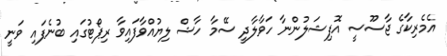
އެމެރިކާގެ ޖާސޫސީ އޮފިޝަލުންނާ ހަވާލާދީ ސޭމާ ހާޝް ލިޔުއްވާފައިވާ ރިޕޯޓުގައި ބުނެފައި ވަނީ